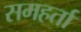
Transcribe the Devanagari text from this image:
समहर्ता